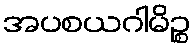
အပစယဂါမိဉ္စ